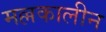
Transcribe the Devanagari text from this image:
मल्लकालीन